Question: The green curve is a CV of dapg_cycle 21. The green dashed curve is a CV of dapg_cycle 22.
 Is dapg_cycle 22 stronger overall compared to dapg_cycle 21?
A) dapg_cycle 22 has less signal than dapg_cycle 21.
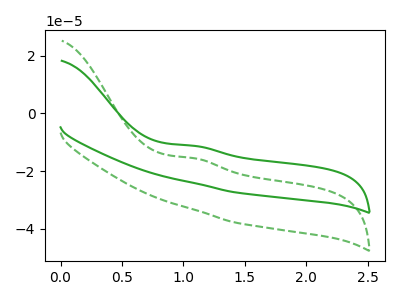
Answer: <think>The green curve "dapg_cycle 21" has an anodic peak at: (1.10V, -11.25uA). The green dashed curve "dapg_cycle 22" has an anodic peak at: (1.10V, -15.60uA).
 All the peaks in "dapg_cycle 22" have a peak in "dapg_cycle 21" at the same potential. Every peak in "dapg_cycle 22" is lower than every peak in "dapg_cycle 21".</think>
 <answer>A) "dapg_cycle 22" has less signal than "dapg_cycle 21".</answer>
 <eval>A</eval>